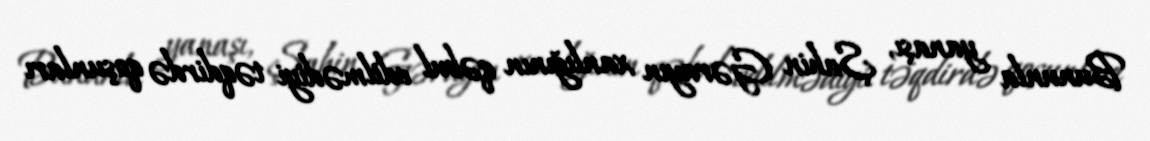
Bununla yanaşı, Şahin Gərayın xanlığının qəbul edilmədiyi təqdirdə qoşunları